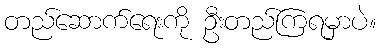
တည်ဆောက်ရေးကို ဦးတည်ကြရမှာပဲ။